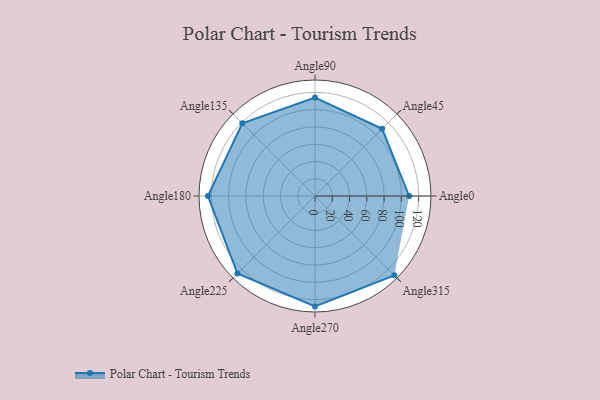
{"axis": {"x": "Angle", "y": "Radius"}, "legend": [""], "data": [{"x": "Angle0", "y": 109.0, "type": ""}, {"x": "Angle45", "y": 110.0, "type": ""}, {"x": "Angle90", "y": 114.0, "type": ""}, {"x": "Angle135", "y": 119.0, "type": ""}, {"x": "Angle180", "y": 124.0, "type": ""}, {"x": "Angle225", "y": 127.0, "type": ""}, {"x": "Angle270", "y": 128.0, "type": ""}, {"x": "Angle315", "y": 130.0, "type": ""}]}